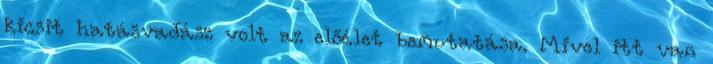
kicsit hatásvadász volt az előélet bemutatása. Mivel itt van